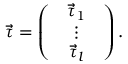
\vec { \tau } = \left( \begin{array} { l } { \begin{array} { c } { \vec { \tau } _ { 1 } } \\ { \vdots } \\ { \vec { \tau } _ { l } } \end{array} } \end{array} \right) .